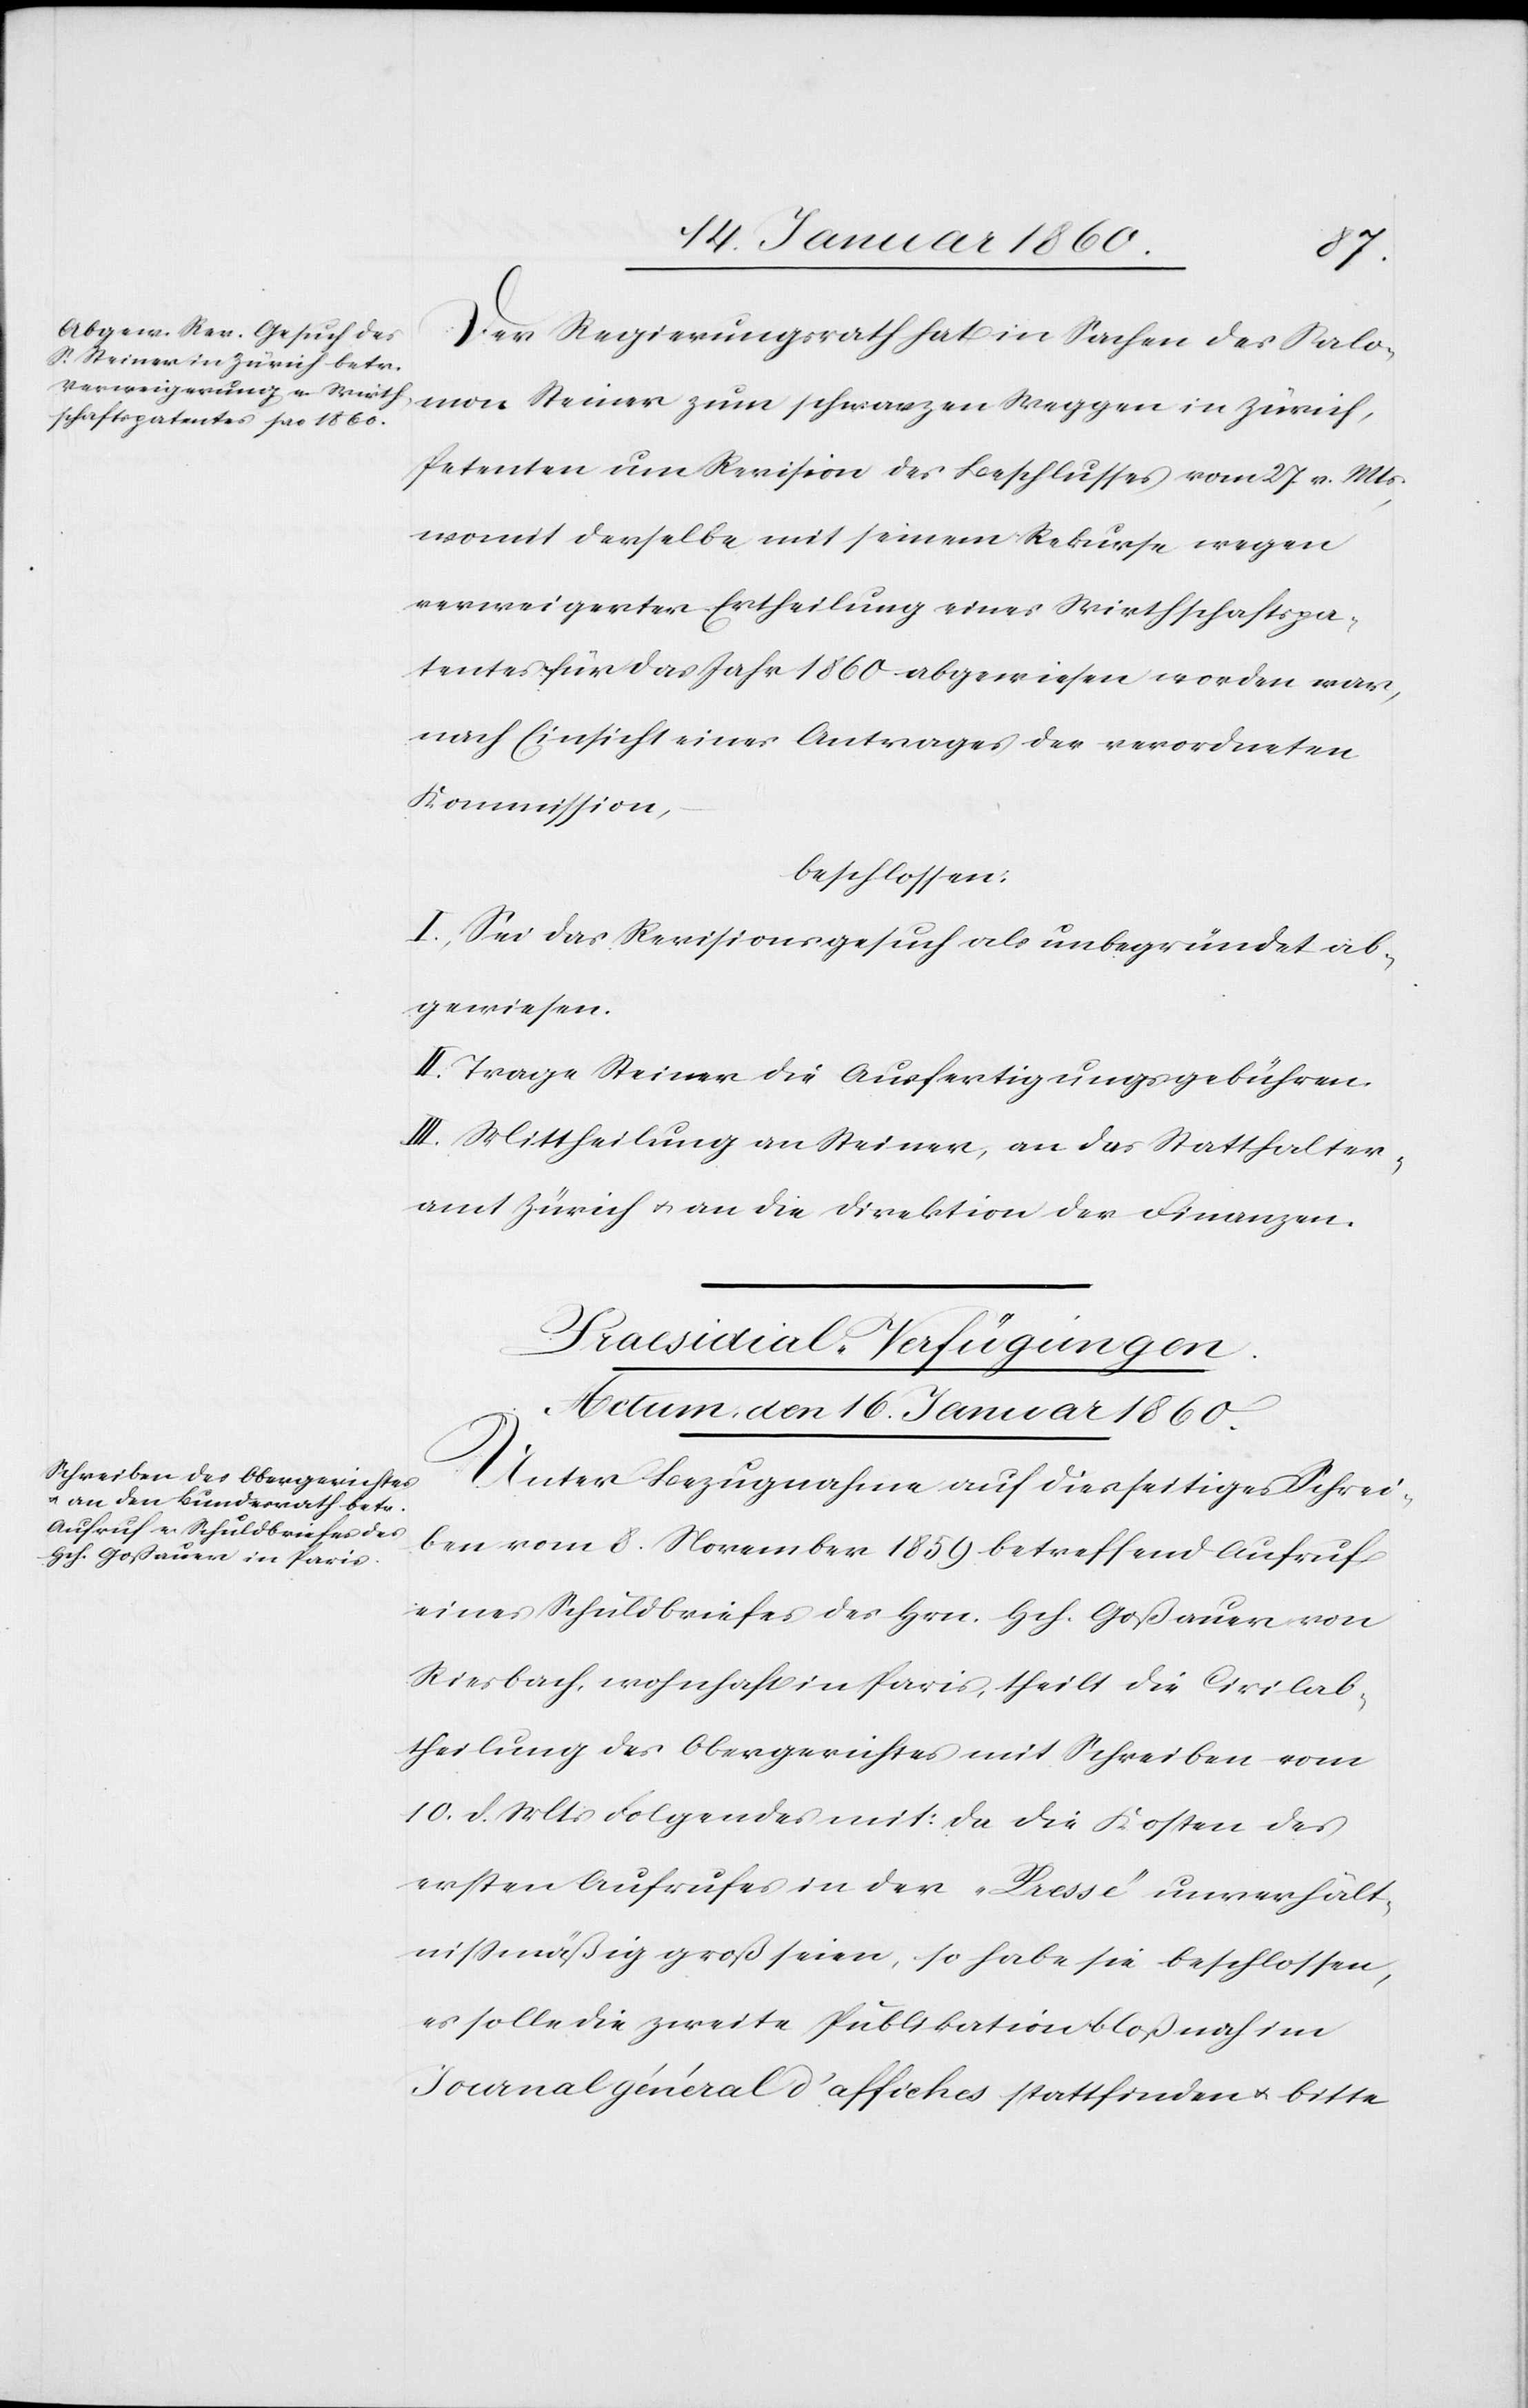
Der Regierungsrath hat in Sachen des Salo¬
mon Steiner zum schwarzen Weggen in Zürich,
Petenten um Revision des Beschlusses vom 27. v. Mts,
womit derselbe mit seinem Rekurse wegen
verweigerter Ertheilung eines Wirthschaftspa¬
tentes für das Jahr 1860 abgewiesen worden war,
nach Einsicht eines Antrages der verordneten
Kommission,
beschlossen.
I. Sei das Revisionsgesuch als unbegründet ab¬
gewiesen.
II. Trage Steiner die Ausfertigungsgebühren.
III. Mittheilung an Steiner, an das Statthalter¬
amt Zürich u. an die Direktion der Finanzen.
Praesidial-Verfügung.
Actum den 16. Januar 1860.
Unter Bezugnahme auf diesseitiges Schrei¬
ben vom 8. November 1859 betreffend Aufruf
eines Schuldbriefes des Hrn. Hch. Goßauer von
Riesbach, wohnhaft in Paris, theilt die Civilab¬
theilung des Obergerichtes mit Schreiben vom
10. d. Mts. Folgendes mit: da die Kosten des
ersten Aufrufes in der „presse“ unverhält¬
nissmäßig groß seien, so habe sie beschlossen,
es solle die zweite Publikation bloß noch im
Journal général d’affiches stattfinden u. bitte